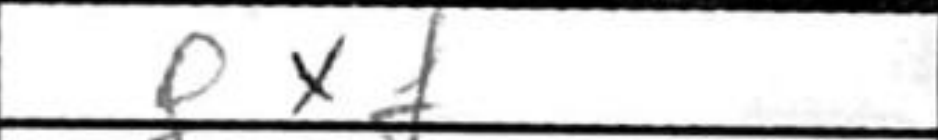
Transcription: gxf